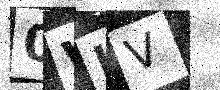
Text: 0WHV